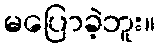
မပြောခဲ့ဘူး။